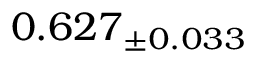
0 . 6 2 7 _ { \pm 0 . 0 3 3 }